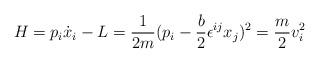
\begin{align*}H=p_i\dot{x}_i-L=\frac{1}{2m}(p_i-\frac{b}{2}\epsilon^{ij}x_j)^2=\frac{m}{2}v_i^2\end{align*}